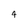
Character: 4